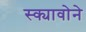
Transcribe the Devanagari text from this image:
स्क्यावोने